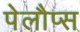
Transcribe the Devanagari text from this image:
पेलौप्स